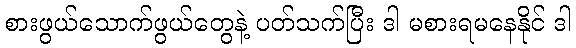
စားဖွယ်သောက်ဖွယ်တွေနဲ့ ပတ်သက်ပြီး ဒါ မစားရမနေနိုင် ဒါ